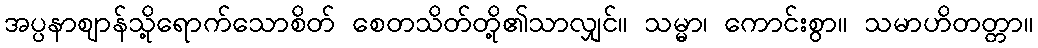
အပ္ပနာဈာန်သို့ရောက်သောစိတ် စေတသိတ်တို့၏သာလျှင်။ သမ္မာ၊ ကောင်းစွာ။ သမာဟိတတ္တာ။